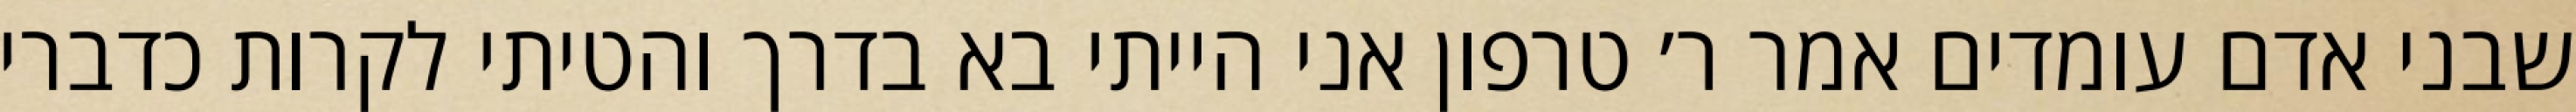
שבני אדם עומדים אמר ר׳ טרפון אני הייתי בא בדרך והטיתי לקרות כדברי